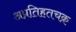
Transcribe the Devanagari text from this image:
अप्रतिहतचक्र